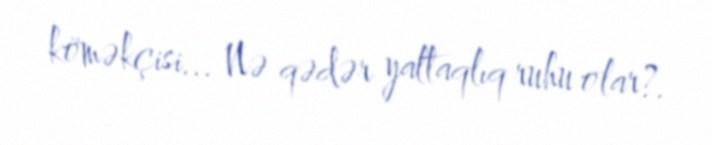
köməkçisi... Nə qədər yaltaqlıq ruhu olar?.